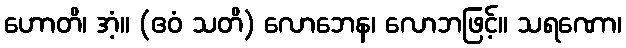
ဟောတိ၊ အံ့။ (ဧဝံ သတိ) လောဘေန၊ လောဘဖြင့်။ သရဏော၊